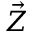
\vec { Z }